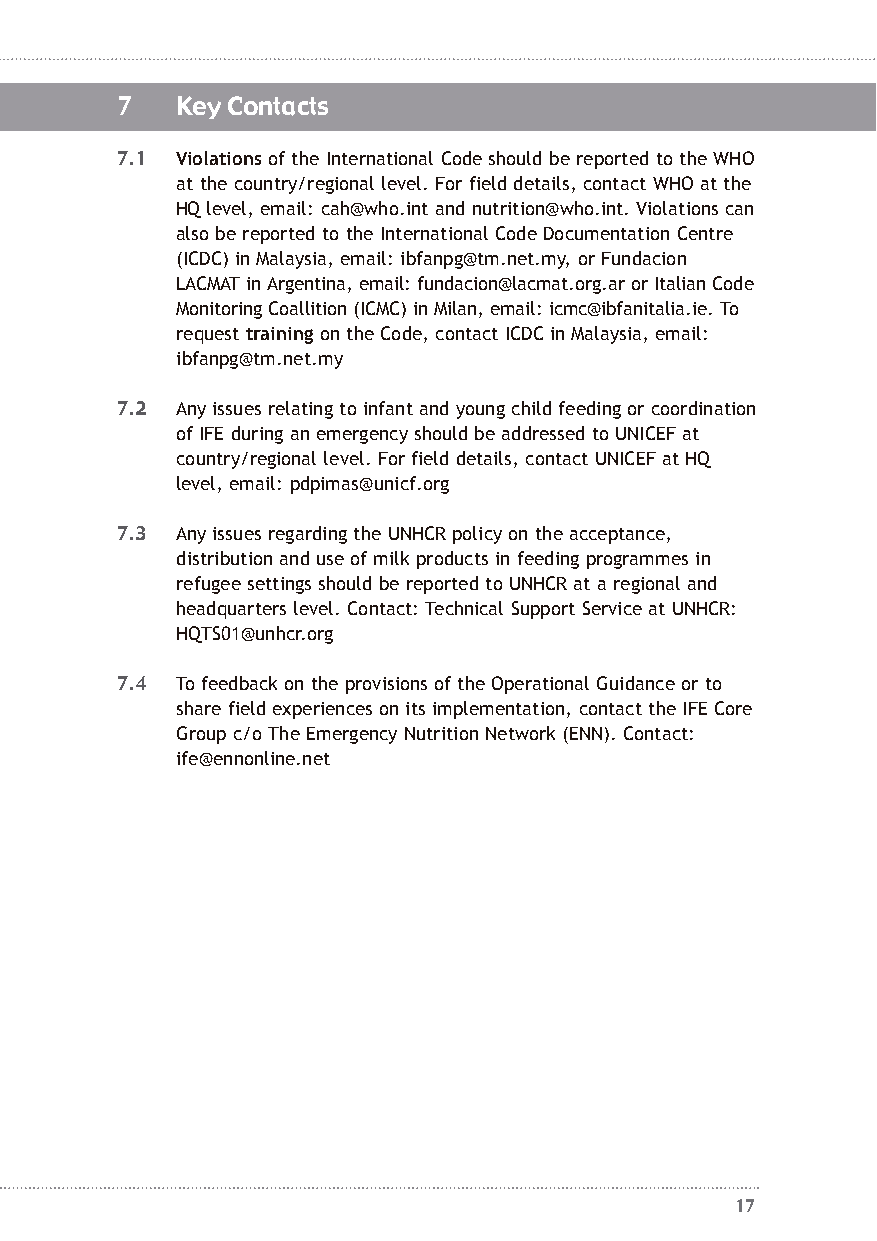
7   Key Contacts
 7.1 Violationsof the International Code should be reported to the WHO
 at the country/regional level. For field details, contact WHO at the
 HQ level, email: cah@who.int and nutrition@who.int. Violations can
 also be reported to the International Code Documentation Centre
 (ICDC) in Malaysia, email: ibfanpg@tm.net.my, or Fundacion
 LACMAT in Argentina, email: fundacion@lacmat.org.ar or Italian Code
 Monitoring Coallition (ICMC) in Milan, email: icmc@ibfanitalia.ie.To
 request trainingon the Code, contact ICDC in Malaysia, email:
 ibfanpg@tm.net.my
 7.2 Any issues relating to infant and young child feeding or coordination
 of IFE during an emergency should be addressed to UNICEF at
 country/regional level. For field details, contact UNICEF at HQ
 level, email: pdpimas@unicf.org
 7.3 Any issues regarding the UNHCR policy on the acceptance,
 distribution and use of milk products in feeding programmes in
 refugee settings should be reported to UNHCR at a regional and
 headquarters level. Contact: Technical Support Service at UNHCR:
 HQTS01@unhcr.org
 7.4 To feedback on the provisions of the Operational Guidance or to
 share field experiences on its implementation, contact the IFE Core
 Group c/o The Emergency Nutrition Network (ENN). Contact:
 ife@ennonline.net
 17